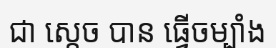
ជា ស្តេច បាន ធ្វើចម្បាំង